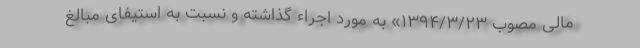
مالی مصوب ۱۳۹۴/۳/۲۳» به مورد اجراء گذاشته و نسبت به استیفای مبالغ